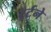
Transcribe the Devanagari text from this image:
ट्रर्टने